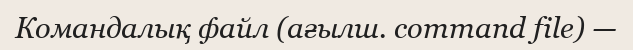
Командалық файл (ағылш. command file) —